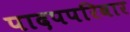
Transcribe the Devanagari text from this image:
पादपपरिवार